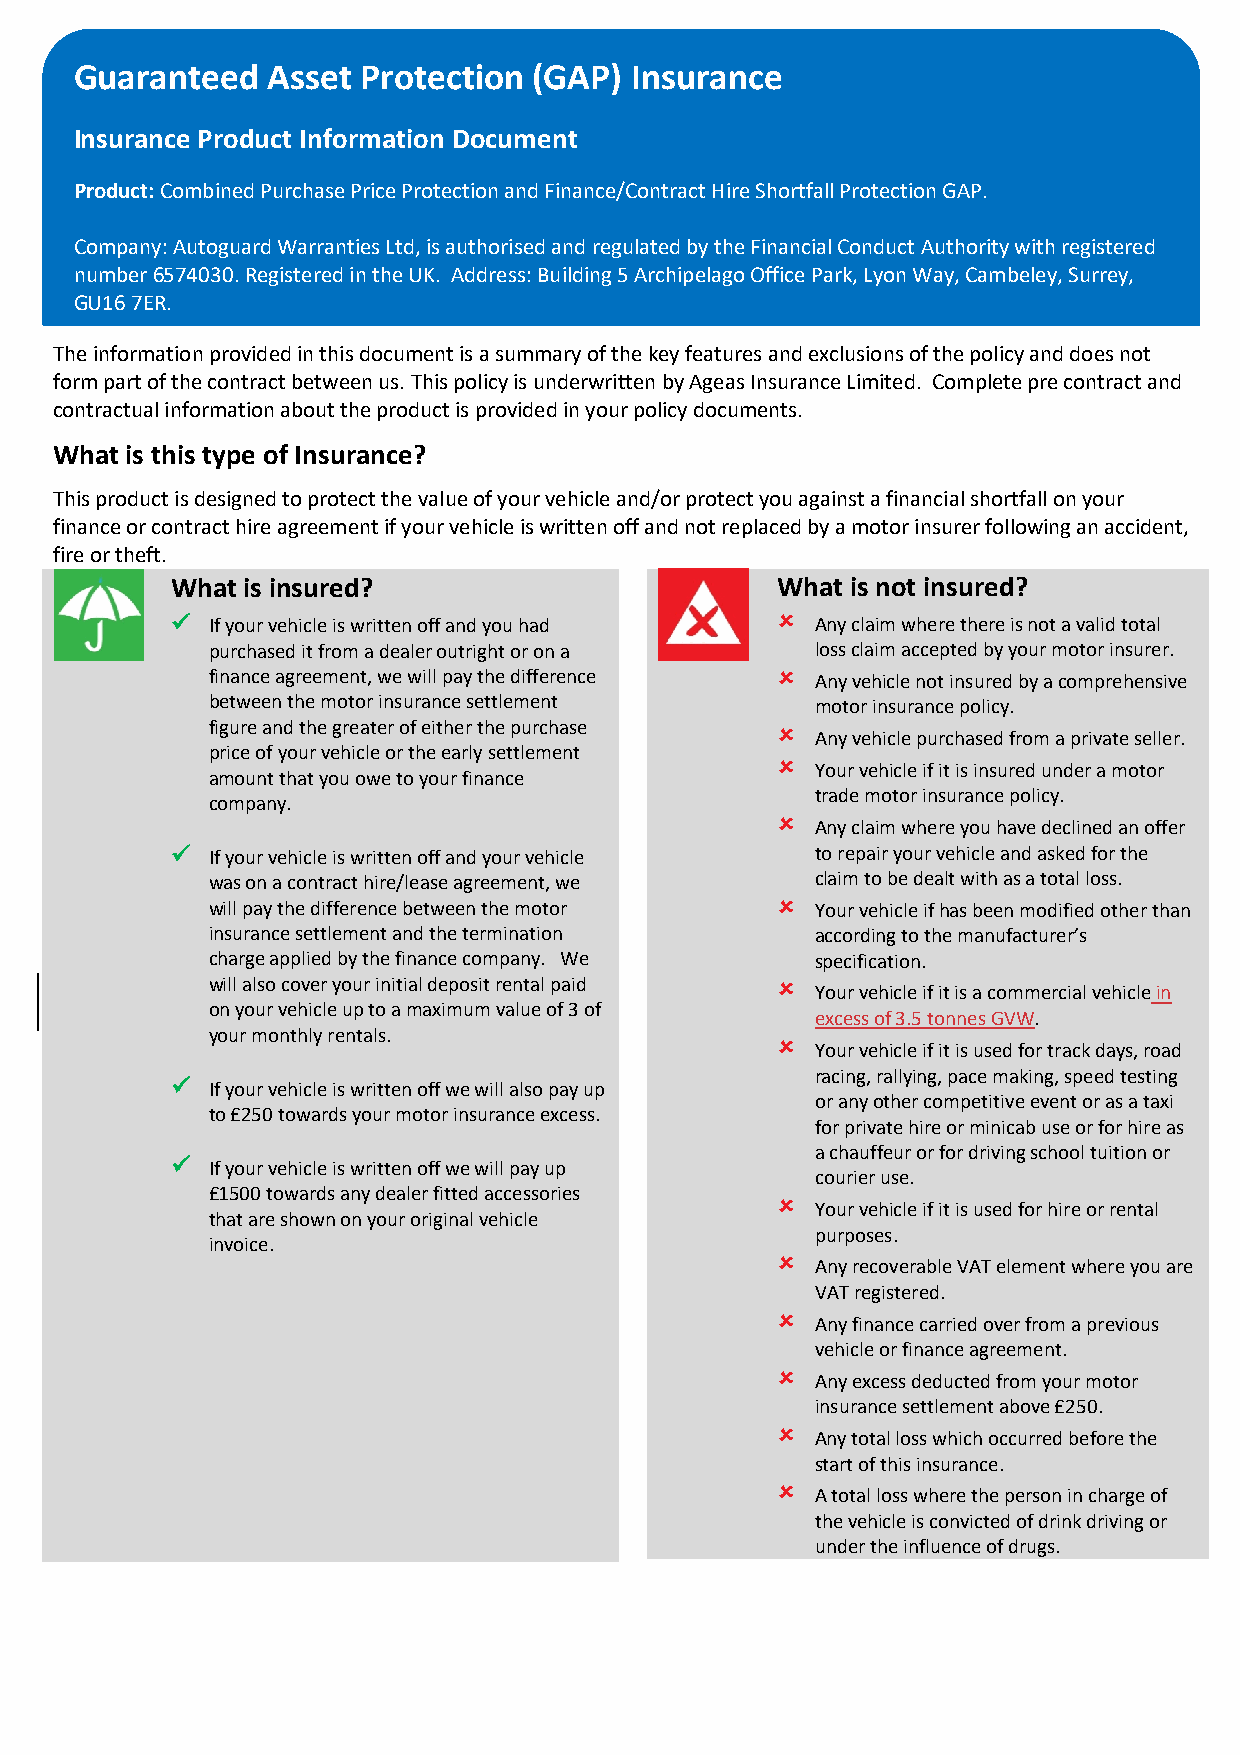
Guaranteed   Asset Protection (GAP)  Insurance
 I nsurance Product Information Document
 P roduct: Combined Purchase Price Protection and Finance/Contract Hire Shortfall Protection GAP.
 C ompany: Autoguard Warranties Ltd, is authorised and regulated by the Financial Conduct Authority with registered
 number 6574030. Registered in the UK. Address: Building 5 Archipelago Office Park, Lyon Way, Cambeley, Surrey,
 G U16 7ER.
 The information provided in this document is a summary of the key features and exclusions of the policy and does not
 form part of the contract between us. This policy is underwritten by Ageas Insurance Limited. Complete pre contract and
 contractual information about the product is provided in your policy documents.
 What is this type of Insurance?
 This product is designed to protect the value of your vehicle and/or protect you against a financial shortfall on your
 finance or contract hire agreement if your vehicle is written off and not replaced by a motor insurer following an accident,
 fire or theft.
 What is insured?                        What is not insured?
 ü  If your vehicle is written off and you had û Any claim where there is not a valid total
 purchased it from a dealer outright or on a loss claim accepted by your motor insurer.
 finance agreement, we will pay the difference û Any vehicle not insured by a comprehensive
 between the motor insurance settlement  motor insurance policy.
 figure and the greater of either the purchase û
 Any vehicle purchased from a private seller.
 price of your vehicle or the early settlement
 û
 Your vehicle if it is insured under a motor
 amount that you owe to your finance
 trade motor insurance policy.
 company.
 û
 Any claim where you have declined an offer
 ü  If your vehicle is written off and your vehicle to repair your vehicle and asked for the
 was on a contract hire/lease agreement, we claim to be dealt with as a total loss.
 will pay the difference between the motor û Your vehicle if has been modified other than
 insurance settlement and the termination according to the manufacturer’s
 charge applied by the finance company. We specification.
 will also cover your initial deposit rental paid û
 Your vehicle if it is a commercial vehicle in
 on your vehicle up to a maximum value of 3 of
 excess of 3.5 tonnes GVW.
 your monthly rentals.
 û
 Your vehicle if it is used for track days, road
 racing, rallying, pace making, speed testing
 ü  If your vehicle is written off we will also pay up
 or any other competitive event or as a taxi
 to £250 towards your motor insurance excess.
 for private hire or minicab use or for hire as
 a chauffeur or for driving school tuition or
 ü  If your vehicle is written off we will pay up
 courier use.
 £1500 towards any dealer fitted accessories
 û
 Your vehicle if it is used for hire or rental
 that are shown on your original vehicle
 purposes.
 invoice.
 û
 Any recoverable VAT element where you are
 VAT registered.
 û
 Any finance carried over from a previous
 vehicle or finance agreement.
 û
 Any excess deducted from your motor
 insurance settlement above £250.
 û
 Any total loss which occurred before the
 start of this insurance.
 û
 A total loss where the person in charge of
 the vehicle is convicted of drink driving or
 under the influence of drugs.